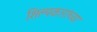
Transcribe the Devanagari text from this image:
शिल्पकारांच्या